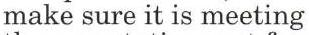
make sure it is meeting